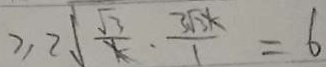
\geq 2 \sqrt { \frac { \sqrt { 3 } } { k } } \cdot \frac { 3 \sqrt { 3 } k } { 1 } = 6